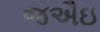
જઐઇ